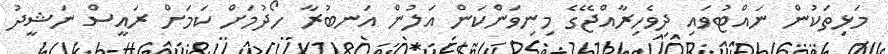
މަޅިތަކުން ނައްޓުވައި ދިވެހިރާއްޖޭގެ މިނިވަންކަން އަލުން އަނބުރާ ހޯދުމަށް ކަމަށް ރައީސް ނަޝީދު